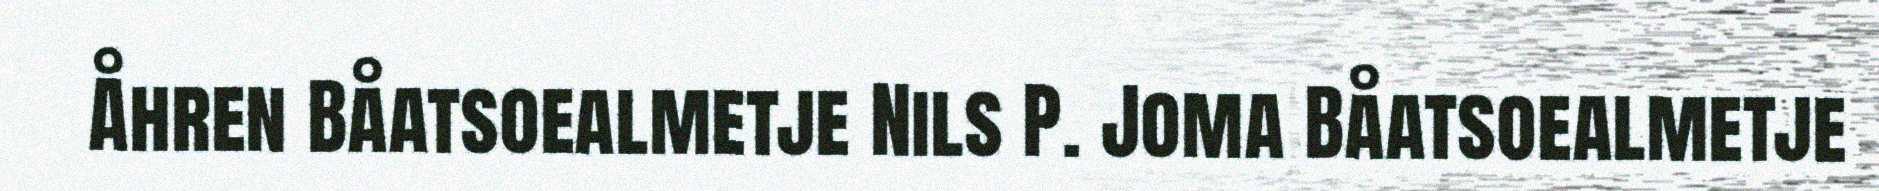
Åhren Båatsoealmetje Nils P. Joma Båatsoealmetje